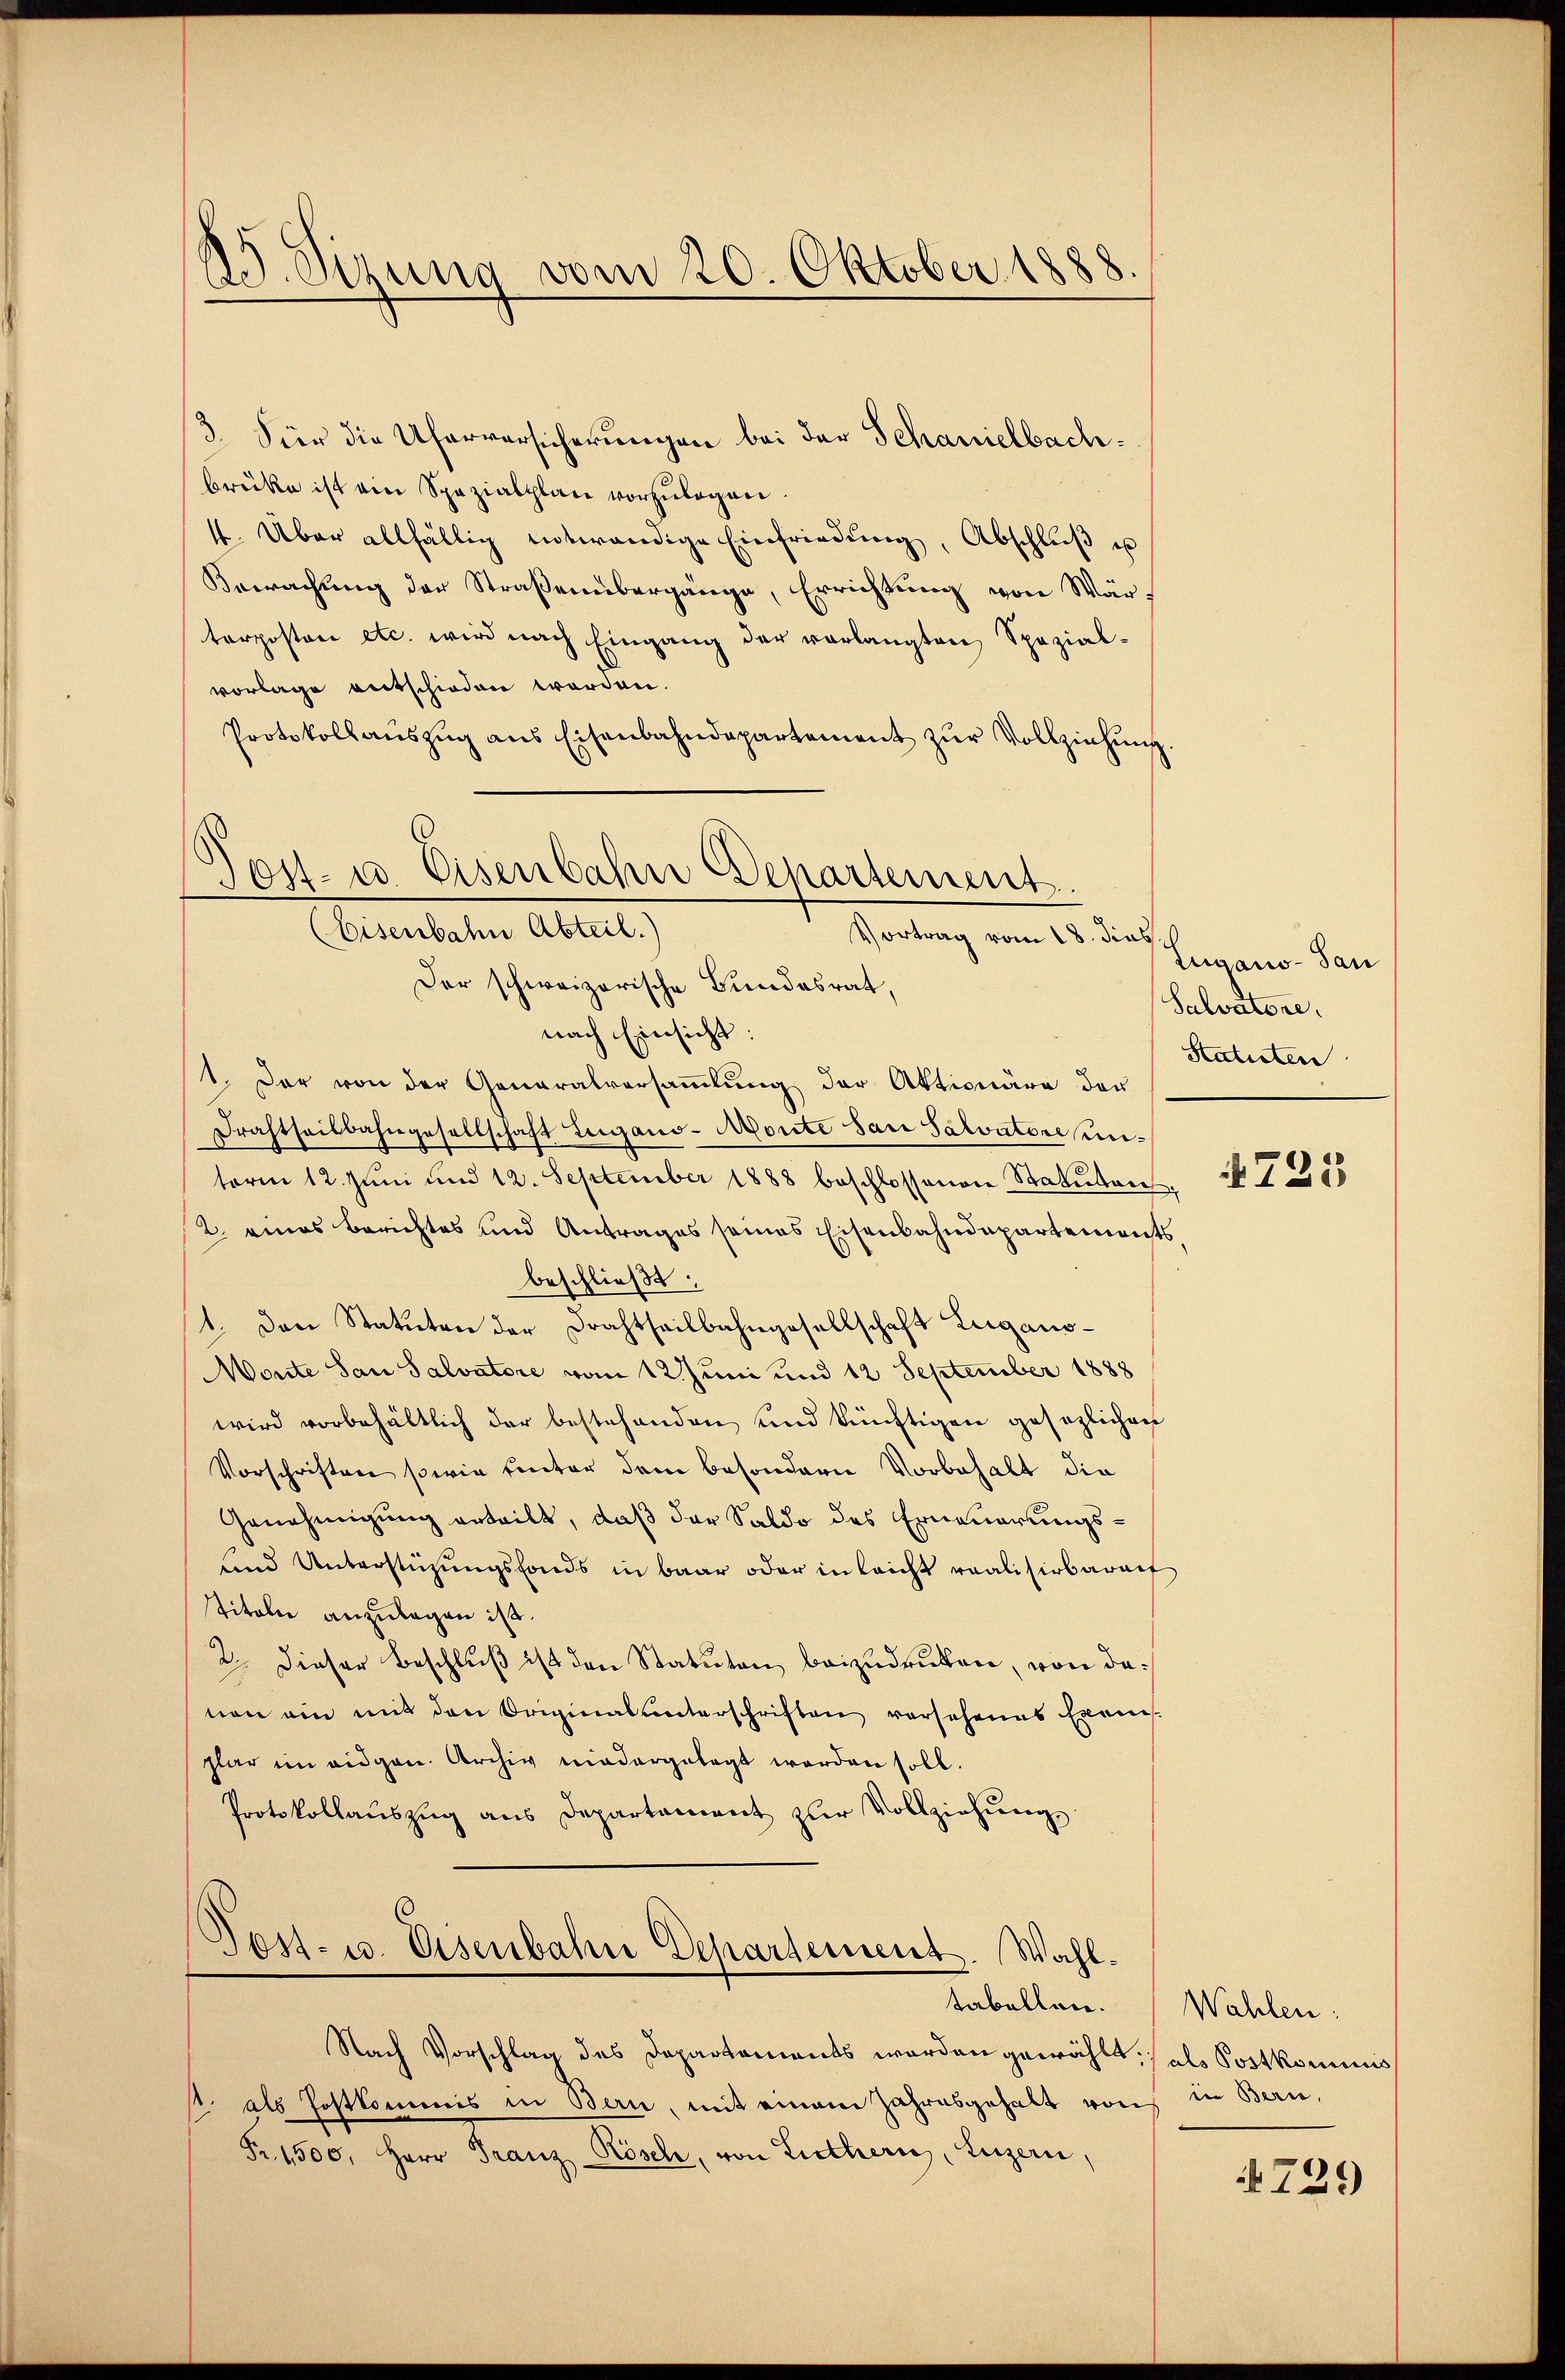
25. Sizung vom 20. Oktober 1888.

3. Fier die Uferversicherungen bei der Schanielbachbrücke ist ein Spezialplan vorzŭlegen.
4. Über allfällig entwendige Einfriedŭng, Abschlŭβ u
Bewachung der Straßenübergänge, Errichtung von Wärterposten etc. wird nach Eingang der verlangten Spezial-
vorlage entschieden worden.
Protokollaŭszŭg ans Eisenbahndepartement zŭr Vollziehŭng

Tost- u. Eisenbahn Departement.
Eisenbahn Abteil.)
Vortrag vom 18. dies

Der schweizerische Bundesrat,
nach Einsicht:
1. Der von der Generalversammlung der Aktionäre der
Frachtheilbahngesellschaft Lugano-Monte San Salvatore unterm 12. Jŭni und 12. September 1888 beschlossenen Statuten,
2. eines Berichtes und Antrages seines Eisenbahndepartements
beschließt:
1. Den Statuten der Drahtheilbahngesellschaft Lugano¬
Monte San Salvatore vom 12. Juni und 12 September 1888
wird vorbehältlich der bestehenden und künftigen gesezlichen
Vorschriften sowie hinter dem besondern Vorbehalt die
Genehmigung erteilt, daß der Saldo des Erneuerungs¬
und Unterstüzungsfonds in baar oder in leicht realisirbarauf
Titalie anzulegen ist.
2. Dieser Beschluß ist den Statuten, beizudrucken, von danen ein mit den Originalunterschriften versehenes Exams-
plar im eidgen. Archiv niedergelegt werden soll.
Protokollaŭszŭg ans Departament zŭr Vollziehŭng

Post- u. Eisenbahn Departement. Wahltabellen.

Nach Vorschlag des Departements werden gewählt, als Postkominis
/. als Postkommis in Bern, mit einem Jahresgehalt von in Bern,
Fr. 1500, Herr Franz Rösch, von Lutheris, Luzern,

Lugano- San
Salvatore.
Statuten

725

Wahlen.

729)